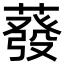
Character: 蕟